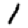
Digit: 1